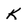
Character: K